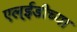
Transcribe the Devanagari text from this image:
एल्ईडीच्या